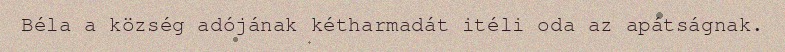
Béla a község adójának kétharmadát itéli oda az apátságnak.